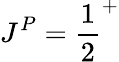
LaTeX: J^{P}={\frac{1}{2}}^{+}